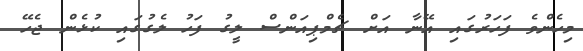
މިހެންވެ ފަހަރުގައި އޭނާ އަށް ޗެމްޕިއަންސް ލީގު ފަހު ލެގުގައި ކުޅެން ޖެހޭ